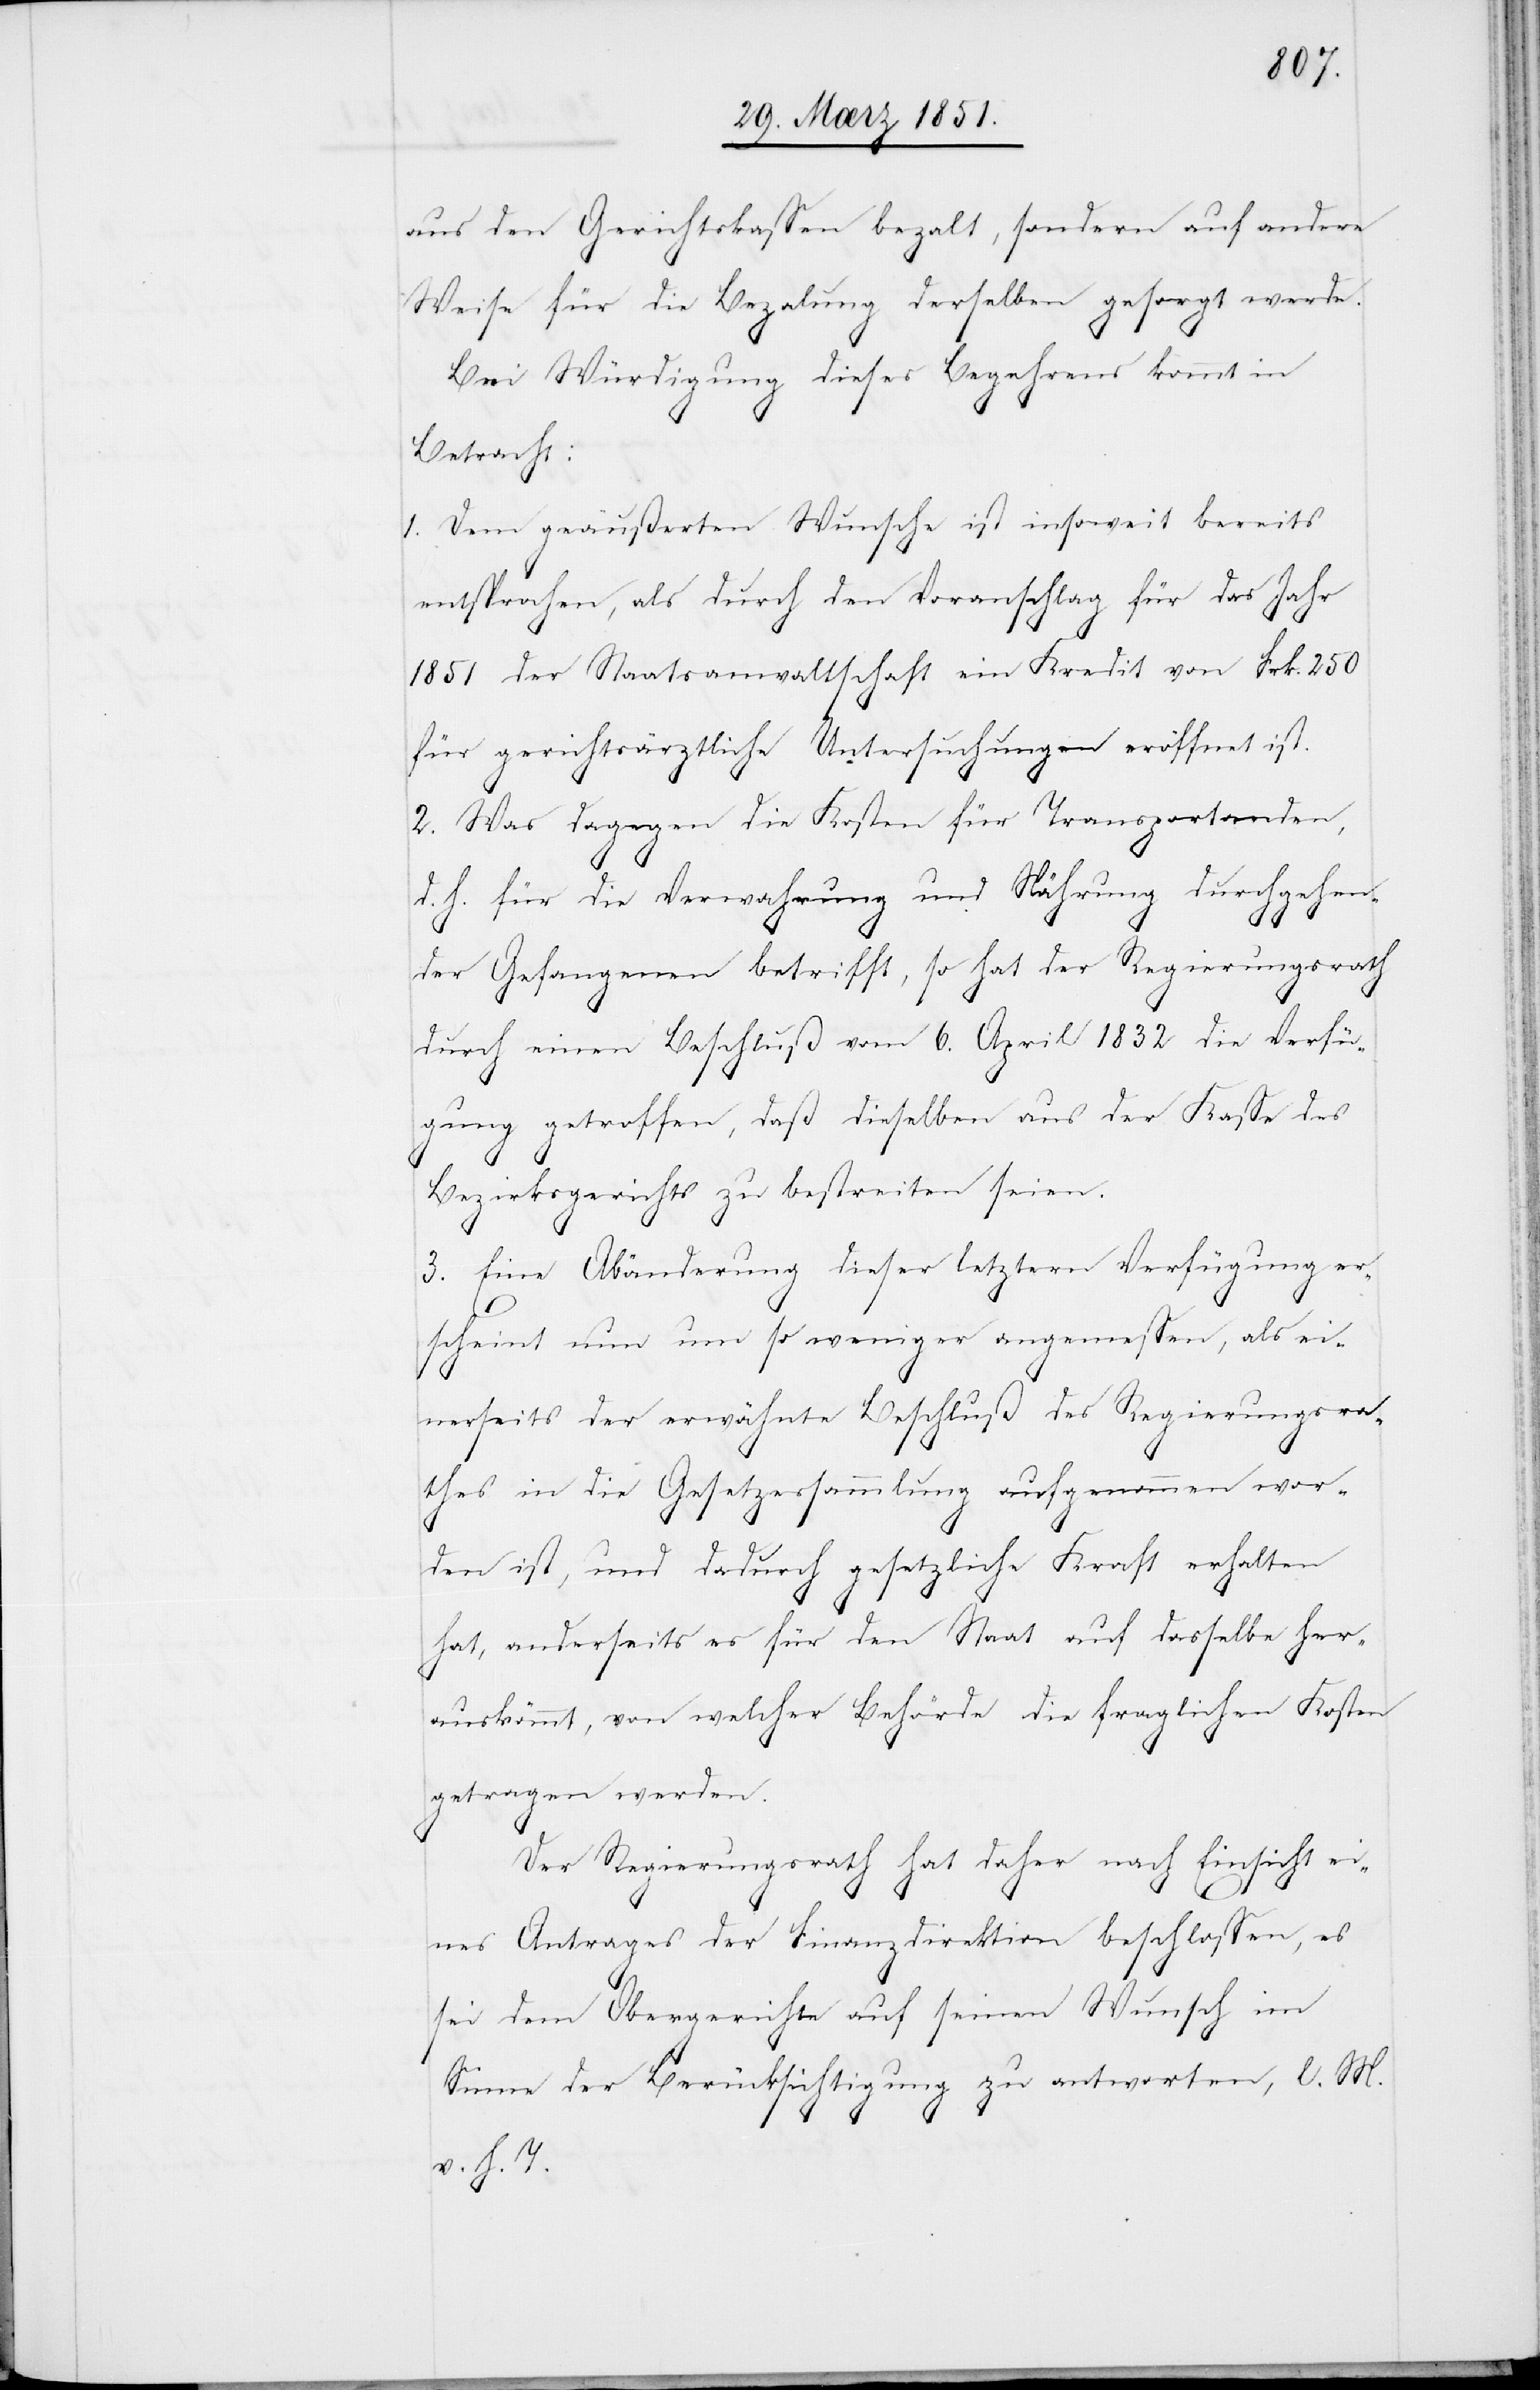
aus den Gerichtskassen beza[h]lt, sondern auf andere
Weise für die Beza[h]lung derselben gesorgt werde.
Bei Würdigung dieses Begehrens kommt in
Betracht:
1. Dem geäußerten Wunsche ist insoweit bereits
entsprochen, als durch den Voranschlag für das Jahr
1851 der Staatsanwaltschaft ein Kredit von Frk. 250
für gerichtsärztliche Untersuchungen eröffnet ist.
2. Was dagegen die Kosten für Transportanden,
d. h. für die Verwahrung und Nährung durchgehen¬
der Gefangenen betrifft, so hat der Regierungsrath
durch einen Beschluß vom 6. April 1832 die Verfüg¬
ung getroffen, daß dieselben aus der Kasse des
Bezirksgerichts zu bestreiten seien.
3. Eine Abänderung dieser letztern Verfügung er¬
scheint nun um so weniger angemessen, als ei¬
nerseits der erwähnte Beschluß des Regierungsra¬
thes in die Gesetzessammlung aufgenommen wor¬
den ist, und dadurch gesetzliche Kraft erhalten
hat, anderseits es für den Staat auf dasselbe her¬
auskömmt, von welcher Behörde die fraglichen Kosten
getragen werden.
Der Regierungsrath hat daher nach Einsicht ei¬
nes Antrages der Finanzdirektion beschlossen, es
sei dem Obergerichte auf seinen Wunsch im
Sinne der Berücksichtigung zu antworten, l. M.
v. h. T.